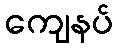
ကျေနပ်